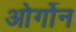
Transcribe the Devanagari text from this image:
ओर्गोन